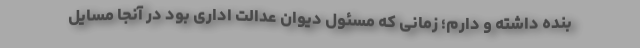
بنده داشته و دارم؛ زمانی که مسئول دیوان عدالت اداری بود در آنجا مسایل